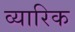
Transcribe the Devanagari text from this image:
व्यारिक